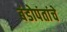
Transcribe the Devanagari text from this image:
बंडोपंतांचे